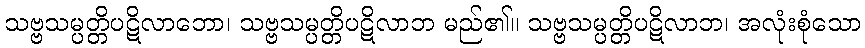
သဗ္ဗသမ္ပတ္တိပဋိလာဘော၊ သဗ္ဗသမ္ပတ္တိပဋိလာဘ မည်၏။ သဗ္ဗသမ္ပတ္တိပဋိလာဘ၊ အလုံးစုံသော